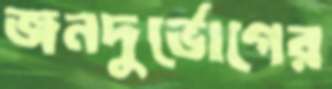
জনদুর্ভোগের